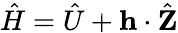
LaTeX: \hat{H}=\hat{U}+\mathbf{h}\cdot\hat{\mathbf{Z}}